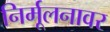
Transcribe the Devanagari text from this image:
निर्मूलनावर